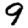
Digit: 9